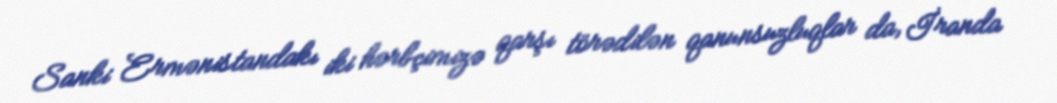
Sanki Ermənistandakı iki hərbçimizə qarşı törədilən qanunsuzluqlar da, İranda